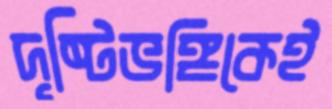
দৃষ্টিভঙ্গিকেই